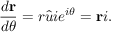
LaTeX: { \frac { d \mathbf { r } } { d \theta } } = r { \hat { u } } i e ^ { i \theta } = \mathbf { r } i .